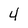
Character: 4